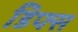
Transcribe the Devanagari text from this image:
डिफ्स